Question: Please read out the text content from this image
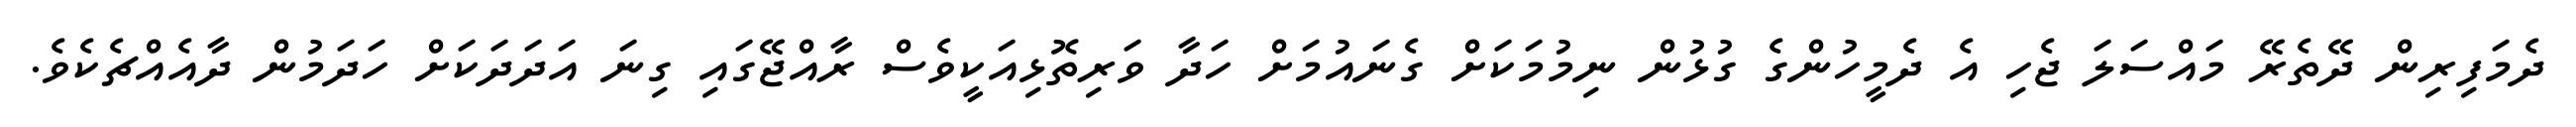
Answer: ދެމަފިރިން ދޭތެރޭ މައްސަލަ ޖެހި އެ ދެމީހުންގެ ގުޅުން ނިމުމަކަށް ގެނައުމަށް ހަދާ ވަރިތޮޅިއަކީވެސް ރާއްޖޭގައި ގިނަ އަދަދަކަށް ހަދަމުން ދާއެއްޗެކެވެ.